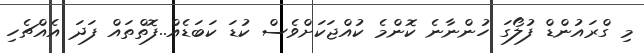
މި ގްރައުންޑް ފުލޯގަ ހުންނާނެ ކޮންމެ ކުއްޖަކަށްވެސް ކުޑަ ކަބަޑެއް..ފޮތްތައް ފަދަ އެއްޗެހި